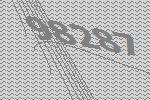
98287